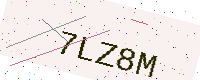
Text: 7LZ8M